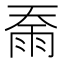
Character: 𮦇